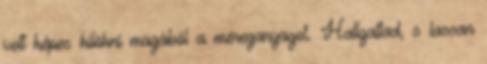
volt képes kilökni magából a méreganyagot. Hallgattad, s lassan